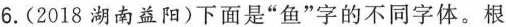
6. (2018湖南益阳) 下面是”鱼”字的不同字体。根